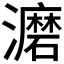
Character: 𰝮